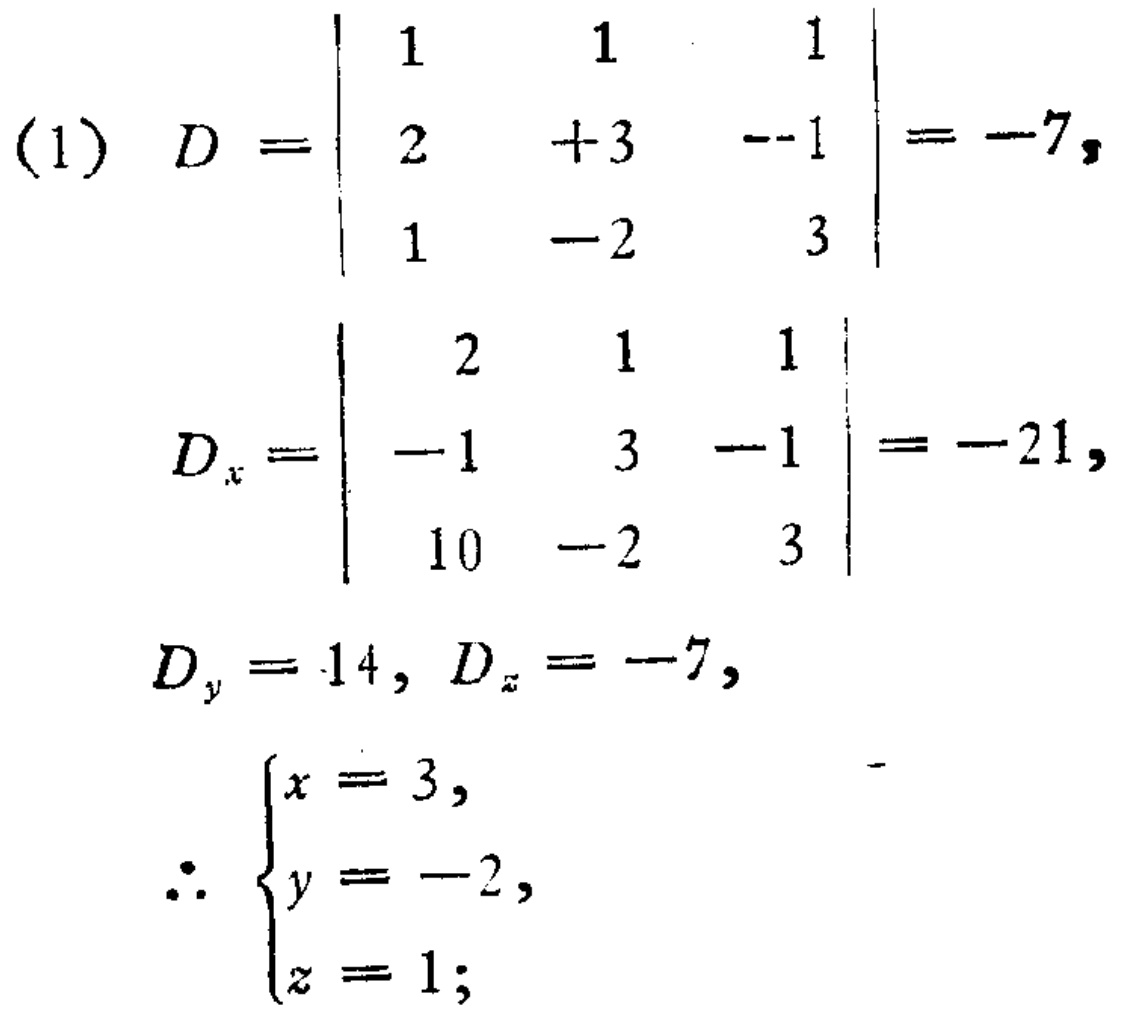
(1)
\[
D=\begin{vmatrix}
1&1&1\\
2& + 3& - 1\\
1&-2&3
\end{vmatrix}=-7,
\]
\[
D_x=\begin{vmatrix}
2&1&1\\
-1&3&-1\\
10&-2&3
\end{vmatrix}=-21,
\]
\[
D_y = 14, D_z=-7,
\]
\[
\therefore\begin{cases}
x = 3,\\
y=-2,\\
z = 1;
\end{cases}
\]